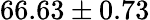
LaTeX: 66.63\pm 0.73